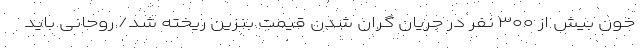
خون بیش از ۳۰۰ نفر در جریان گران شدن قیمت بنزین ریخته شد/ روحانی باید